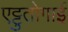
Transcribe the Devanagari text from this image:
एट्टुतोगाई